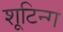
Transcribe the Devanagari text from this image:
शूटिन्ग